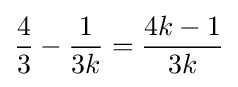
{\frac {4}{3}}-{\frac {1}{3k}}={\frac {4k-1}{3k}}